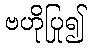
ဗဟိုပြု၍